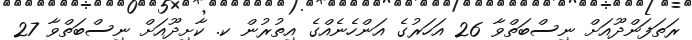
ރަތަފަންދޫއަށް ނިސްބަތްވާ 26 އަހަރުގެ އަންހެނެއްގެ އިތުރުން ކ. ކާށިދޫއަށް ނިސްބަތްވާ 27